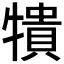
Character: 𰠼